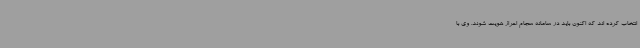
انتخاب کرده اند که اکنون باید در سامانه سجام احراز هویت شوند. وی با